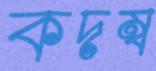
কদম্ব